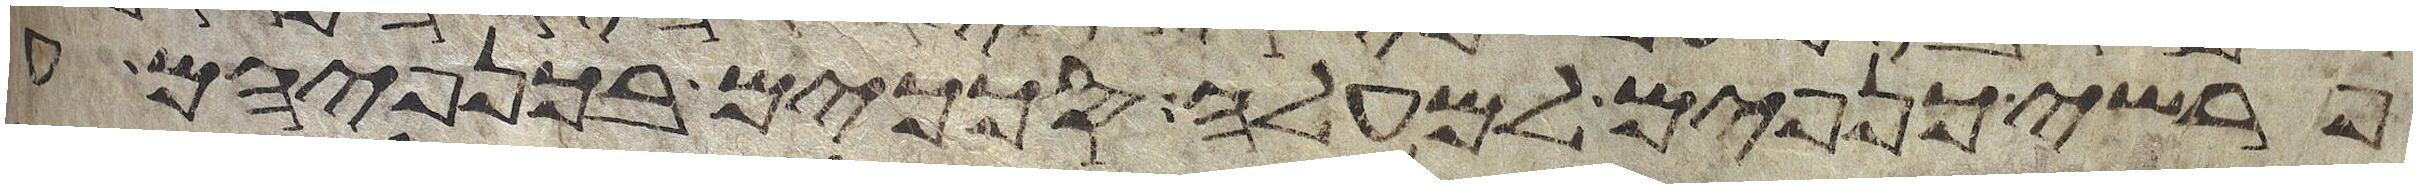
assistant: פרשי כנפים למעלה סככים בכנפיהם